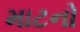
માટનો